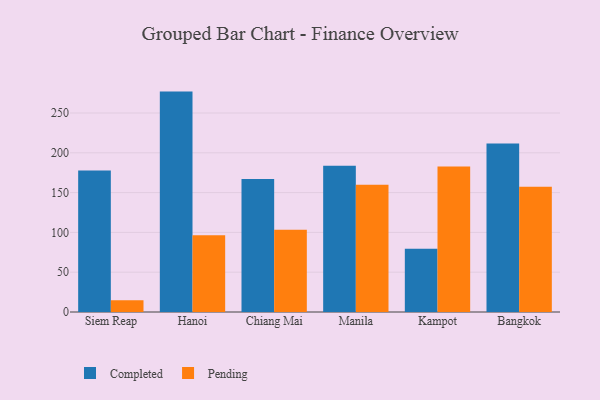
{"axis": {"x": "City", "y": "Budget (USD K)"}, "legend": ["Completed", "Pending"], "data": [{"x": "Siem Reap", "y": 177.7, "type": "Completed"}, {"x": "Siem Reap", "y": 14.9, "type": "Pending"}, {"x": "Hanoi", "y": 276.9, "type": "Completed"}, {"x": "Hanoi", "y": 96.3, "type": "Pending"}, {"x": "Chiang Mai", "y": 167.2, "type": "Completed"}, {"x": "Chiang Mai", "y": 103.3, "type": "Pending"}, {"x": "Manila", "y": 183.7, "type": "Completed"}, {"x": "Manila", "y": 160.0, "type": "Pending"}, {"x": "Kampot", "y": 79.5, "type": "Completed"}, {"x": "Kampot", "y": 182.8, "type": "Pending"}, {"x": "Bangkok", "y": 211.6, "type": "Completed"}, {"x": "Bangkok", "y": 157.5, "type": "Pending"}]}